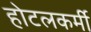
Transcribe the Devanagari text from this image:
होटलकर्मी